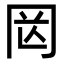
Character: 㒺